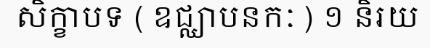
សិក្ខាបទ ( ឧជ្ឈាបនកៈ ) ១ និរយ